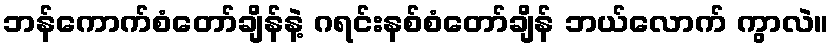
ဘန်ကောက်စံတော်ချိန်နဲ့ ဂရင်းနစ်စံတော်ချိန် ဘယ်လောက် ကွာလဲ။